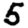
Digit: 5